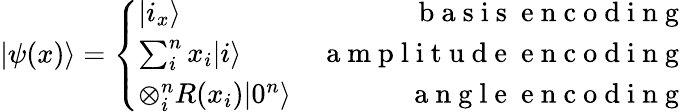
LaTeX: |\psi(x)\rangle=\left\{ \begin{array}{lr}{|i_{x}\rangle}&{\mathrm{~b~a~s~i~s~\ e~n~c~o~d~i~n~g~}}\\ {\sum_{i}^{n}x_{i}|i\rangle}&{\mathrm{~a~m~p~l~i~t~u~d~e~\ e~n~c~o~d~i~n~g~}}\\ {\otimes_{i}^{n}R(x_{i})|0^{n}\rangle}&{\mathrm{~a~n~g~l~e~\ e~n~c~o~d~i~n~g~}}\end{array}\right.